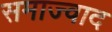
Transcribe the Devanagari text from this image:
समाज्वाद